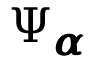
\Psi _ { { \pmb { \alpha } } }